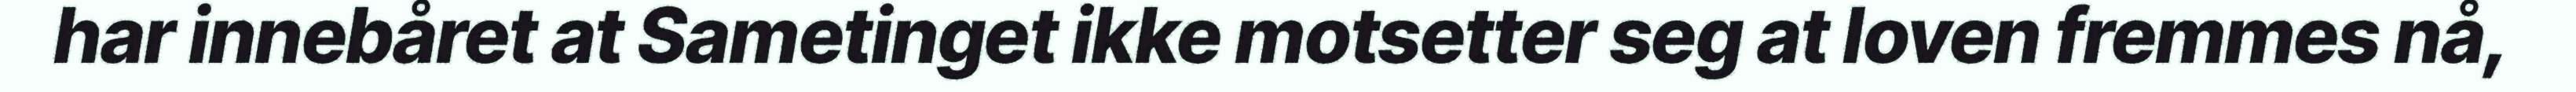
har innebåret at Sametinget ikke motsetter seg at loven fremmes nå,